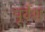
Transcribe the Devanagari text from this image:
पूर्वेश